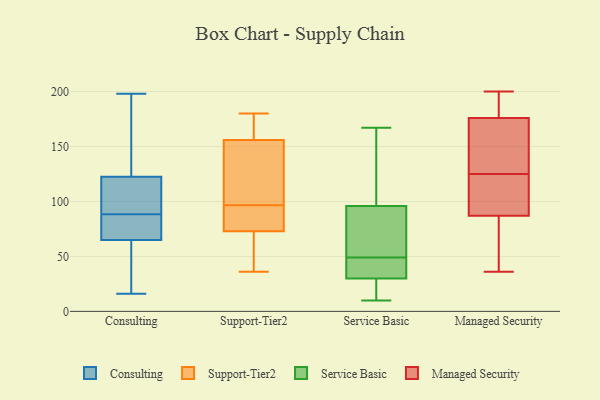
{"axis": {"x": "Backlog", "y": "Value"}, "legend": ["Consulting", "Managed Security", "Service Basic", "Support-Tier2"], "data": [{"x": "", "y": 107, "type": "Consulting"}, {"x": "", "y": 81, "type": "Consulting"}, {"x": "", "y": 16, "type": "Consulting"}, {"x": "", "y": 194, "type": "Consulting"}, {"x": "", "y": 94, "type": "Consulting"}, {"x": "", "y": 38, "type": "Consulting"}, {"x": "", "y": 190, "type": "Consulting"}, {"x": "", "y": 43, "type": "Consulting"}, {"x": "", "y": 81, "type": "Consulting"}, {"x": "", "y": 103, "type": "Consulting"}, {"x": "", "y": 198, "type": "Consulting"}, {"x": "", "y": 125, "type": "Consulting"}, {"x": "", "y": 83, "type": "Consulting"}, {"x": "", "y": 23, "type": "Consulting"}, {"x": "", "y": 80, "type": "Consulting"}, {"x": "", "y": 70, "type": "Consulting"}, {"x": "", "y": 190, "type": "Consulting"}, {"x": "", "y": 97, "type": "Consulting"}, {"x": "", "y": 120, "type": "Consulting"}, {"x": "", "y": 60, "type": "Consulting"}, {"x": "", "y": 46, "type": "Support-Tier2"}, {"x": "", "y": 154, "type": "Support-Tier2"}, {"x": "", "y": 36, "type": "Support-Tier2"}, {"x": "", "y": 156, "type": "Support-Tier2"}, {"x": "", "y": 73, "type": "Support-Tier2"}, {"x": "", "y": 79, "type": "Support-Tier2"}, {"x": "", "y": 161, "type": "Support-Tier2"}, {"x": "", "y": 180, "type": "Support-Tier2"}, {"x": "", "y": 180, "type": "Support-Tier2"}, {"x": "", "y": 101, "type": "Support-Tier2"}, {"x": "", "y": 81, "type": "Support-Tier2"}, {"x": "", "y": 161, "type": "Support-Tier2"}, {"x": "", "y": 127, "type": "Support-Tier2"}, {"x": "", "y": 89, "type": "Support-Tier2"}, {"x": "", "y": 107, "type": "Support-Tier2"}, {"x": "", "y": 53, "type": "Support-Tier2"}, {"x": "", "y": 92, "type": "Support-Tier2"}, {"x": "", "y": 64, "type": "Support-Tier2"}, {"x": "", "y": 167, "type": "Service Basic"}, {"x": "", "y": 30, "type": "Service Basic"}, {"x": "", "y": 36, "type": "Service Basic"}, {"x": "", "y": 53, "type": "Service Basic"}, {"x": "", "y": 19, "type": "Service Basic"}, {"x": "", "y": 10, "type": "Service Basic"}, {"x": "", "y": 164, "type": "Service Basic"}, {"x": "", "y": 76, "type": "Service Basic"}, {"x": "", "y": 45, "type": "Service Basic"}, {"x": "", "y": 96, "type": "Service Basic"}, {"x": "", "y": 88, "type": "Managed Security"}, {"x": "", "y": 53, "type": "Managed Security"}, {"x": "", "y": 95, "type": "Managed Security"}, {"x": "", "y": 168, "type": "Managed Security"}, {"x": "", "y": 144, "type": "Managed Security"}, {"x": "", "y": 112, "type": "Managed Security"}, {"x": "", "y": 198, "type": "Managed Security"}, {"x": "", "y": 36, "type": "Managed Security"}, {"x": "", "y": 138, "type": "Managed Security"}, {"x": "", "y": 108, "type": "Managed Security"}, {"x": "", "y": 200, "type": "Managed Security"}, {"x": "", "y": 170, "type": "Managed Security"}, {"x": "", "y": 189, "type": "Managed Security"}, {"x": "", "y": 176, "type": "Managed Security"}, {"x": "", "y": 55, "type": "Managed Security"}, {"x": "", "y": 87, "type": "Managed Security"}, {"x": "", "y": 42, "type": "Managed Security"}, {"x": "", "y": 191, "type": "Managed Security"}]}